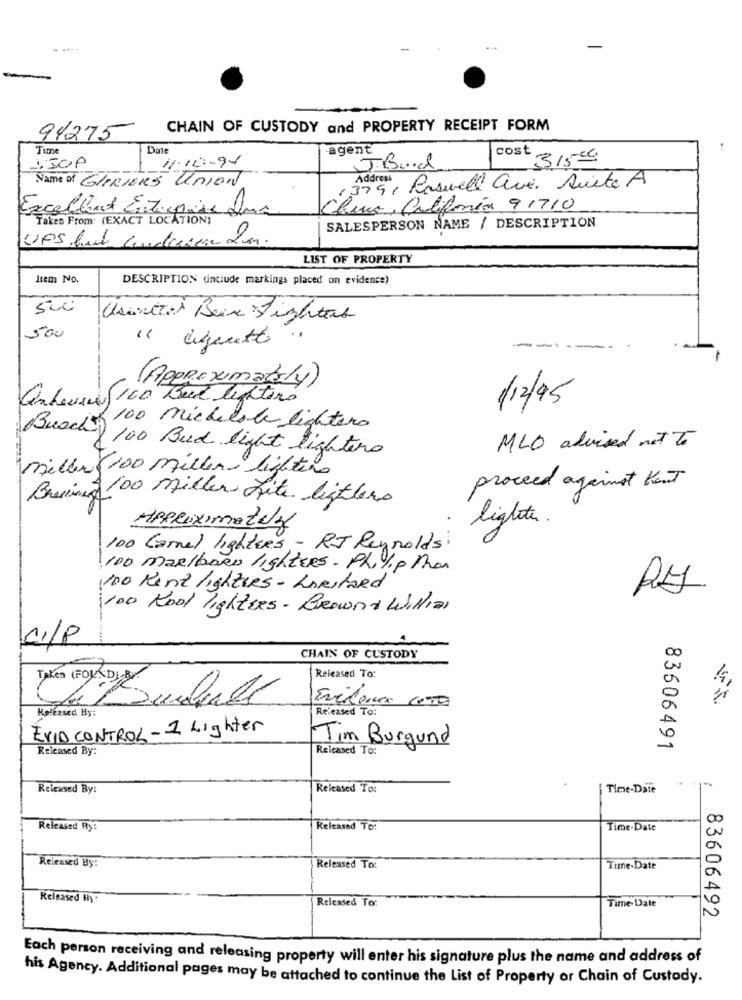
CHAIN OF CUSTODY and PROPERTY RECEIPT FORM
94275
Time
Date
agent
cost
11.10 :- 91
31500
J.B ...
Name of GLIRIERS Union
13791 Roswell ave. Suite A
China, Califonia 91710
Excellent Enterprise plus
Taken From: (EXACT LOCATION)
SALESPERSON NAME / DESCRIPTION
LIST OF PROPERTY
Item No.
DESCRIPTION (include markings placed on evidence)
500
Usintras Beine Fightas
500
--
-
-
(Approximately)
Quheures 100 Bed lighters
/12/95
100 mie delate lighters
Busch 100 Bud light lighters
MLO advised not To
miller(100 millen lighters
proceed against Kont
Brewing 100 miller Lite lighters
lighter .
APPROximaZUz
100 Carnal lighters - RJ Reynolds:
100 marlboro lighttes. PL.Y.p Man
100 Kent lighties- LARstaed
Do Rool lighters- Browna Willias
CI/P
CHAIN OF CUSTODY
Released To:
Released By:
Released To:
EVID CONTROL -1 Lighter
Released By:
Tim Burgund
Released To:
83606491
Released By:
Released To:
Time-Date
Released By:
Released To:
Time-Date
Released By:
Released To:
Time-Date
Released Hy:
Released To:
Time-Date
83606492
Each person receiving and releasing property will enter his signature plus the name and address of
his Agency. Additional pages may be attached to continue the List of Property or Chain of Custody.